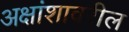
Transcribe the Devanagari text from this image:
अक्षांशावरील